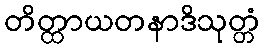
တိတ္ထာယတနာဒိသုတ္တံ